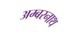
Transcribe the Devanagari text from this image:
अम्‍बरनाथ